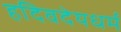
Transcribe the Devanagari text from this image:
हदिवदेयधर्म